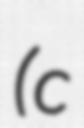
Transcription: (c